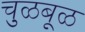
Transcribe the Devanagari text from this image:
चुळबूळ